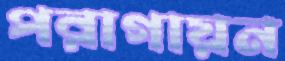
পরাগায়ন